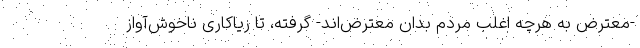
-معترض به هرچه اغلب مردم بدان معترض‌اند- گرفته، تا ریاکاری ناخوش‌آواز